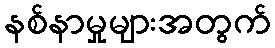
နစ်နာမှုများအတွက်